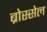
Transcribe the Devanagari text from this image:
ब्रोस्सेल